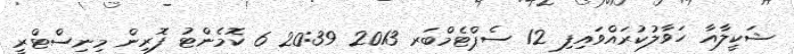
ޝަކީލާއާ ހަވާލުކުރައްވައިފި 12 ސެޕްޓެމްބަރ 2013 20:39 6 ކޮމެންޓު ފޮރިން މިނިސްޓްރީ